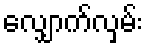
လျှောက်လှမ်း